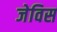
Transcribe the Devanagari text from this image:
जेविस